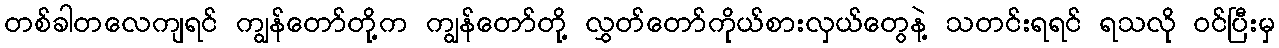
တစ်ခါတလေကျရင် ကျွန်တော်တို့က ကျွန်တော်တို့ လွှတ်တော်ကိုယ်စားလှယ်တွေနဲ့ သတင်းရရင် ရသလို ဝင်ပြီးမှ